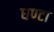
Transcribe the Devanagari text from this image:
घण्‍टा